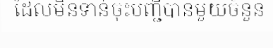
ដែលមិនទាន់ចុះបញ្ជីបានមួយចំនួន